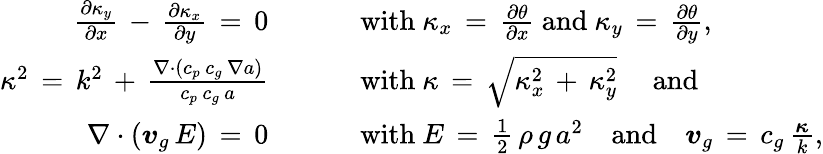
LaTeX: \begin{array}{rl}{{\frac{\partial\kappa_{y}}{\partial{x}}}\, -\, {\frac{\partial\kappa_{x}}{\partial{y}}}\, =\, 0\qquad}&{{}{\mathrm{~with~}}\kappa_{x}\, =\, {\frac{\partial\theta}{\partial{x}}}{\mathrm{~and~}}\kappa_{y}\, =\, {\frac{\partial\theta}{\partial{y}}},}\\ {\kappa^{2}\, =\, k^{2}\, +\, {\frac{\nabla\cdot\left(c_{p}\, c_{g}\, \nabla a\right)}{c_{p}\, c_{g}\, a}}\qquad}&{{}{\mathrm{~with~}}\kappa\, =\, {\sqrt{\kappa_{x}^{2}\, +\, \kappa_{y}^{2}}}\quad{\mathrm{~and}}}\\ {\nabla\cdot\left({\boldsymbol{v}}_{g}\, E\right)\, =\, 0\qquad}&{{}{\mathrm{~with~}}E\, =\, {\frac{1}{2}}\, \rho\, g\, a^{2}\quad{\mathrm{and}}\quad{\boldsymbol{v}}_{g}\, =\, c_{g}\, {\frac{\boldsymbol{\kappa}}{k}},}\end{array}